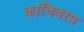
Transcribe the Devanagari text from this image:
कांचिवरम